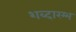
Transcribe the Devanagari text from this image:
शब्दारम्भ